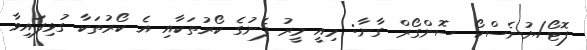
ފޮޓޯ/ޔުނެސްކޯ ސޮންގޯރް ގާނާ: މިއީ މީރު ފެނުގެ ކޯރުތަކާއި އެ ކޯރުތަކާ ގުޅިފައިވާ